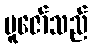
ပူဇော်သည်